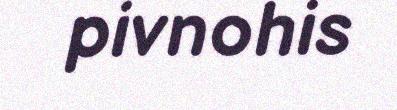
pivnohis